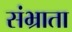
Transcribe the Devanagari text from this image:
संभ्राता